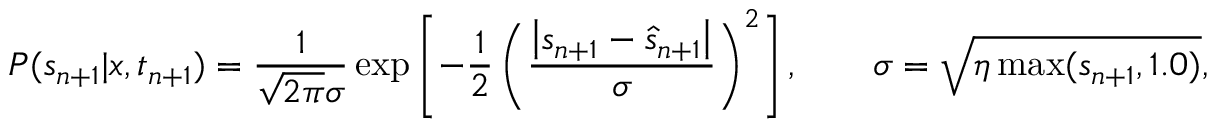
P ( s _ { n + 1 } | x , t _ { n + 1 } ) = \frac { 1 } { \sqrt { 2 \pi } \sigma } \exp \left[ - \frac { 1 } { 2 } \left( \frac { \left| s _ { n + 1 } - \hat { s } _ { n + 1 } \right| } { \sigma } \right) ^ { 2 } \right] , \qquad \sigma = \sqrt { \eta \operatorname* { m a x } ( s _ { n + 1 } , 1 . 0 ) } ,